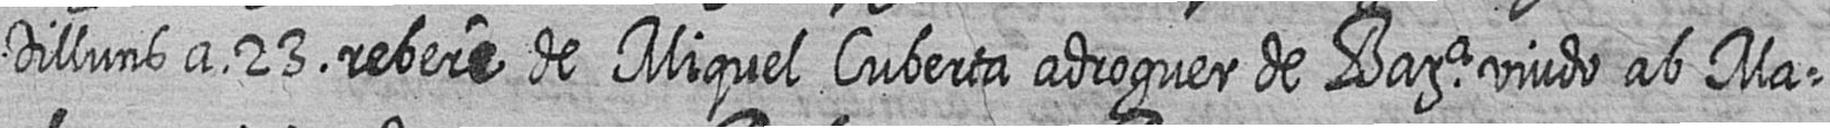
Dilluns a 23 rebere de Miquel Cuberta adroguer de Bara viudo ab Ma=